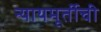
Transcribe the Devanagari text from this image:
न्यायमूर्तीची